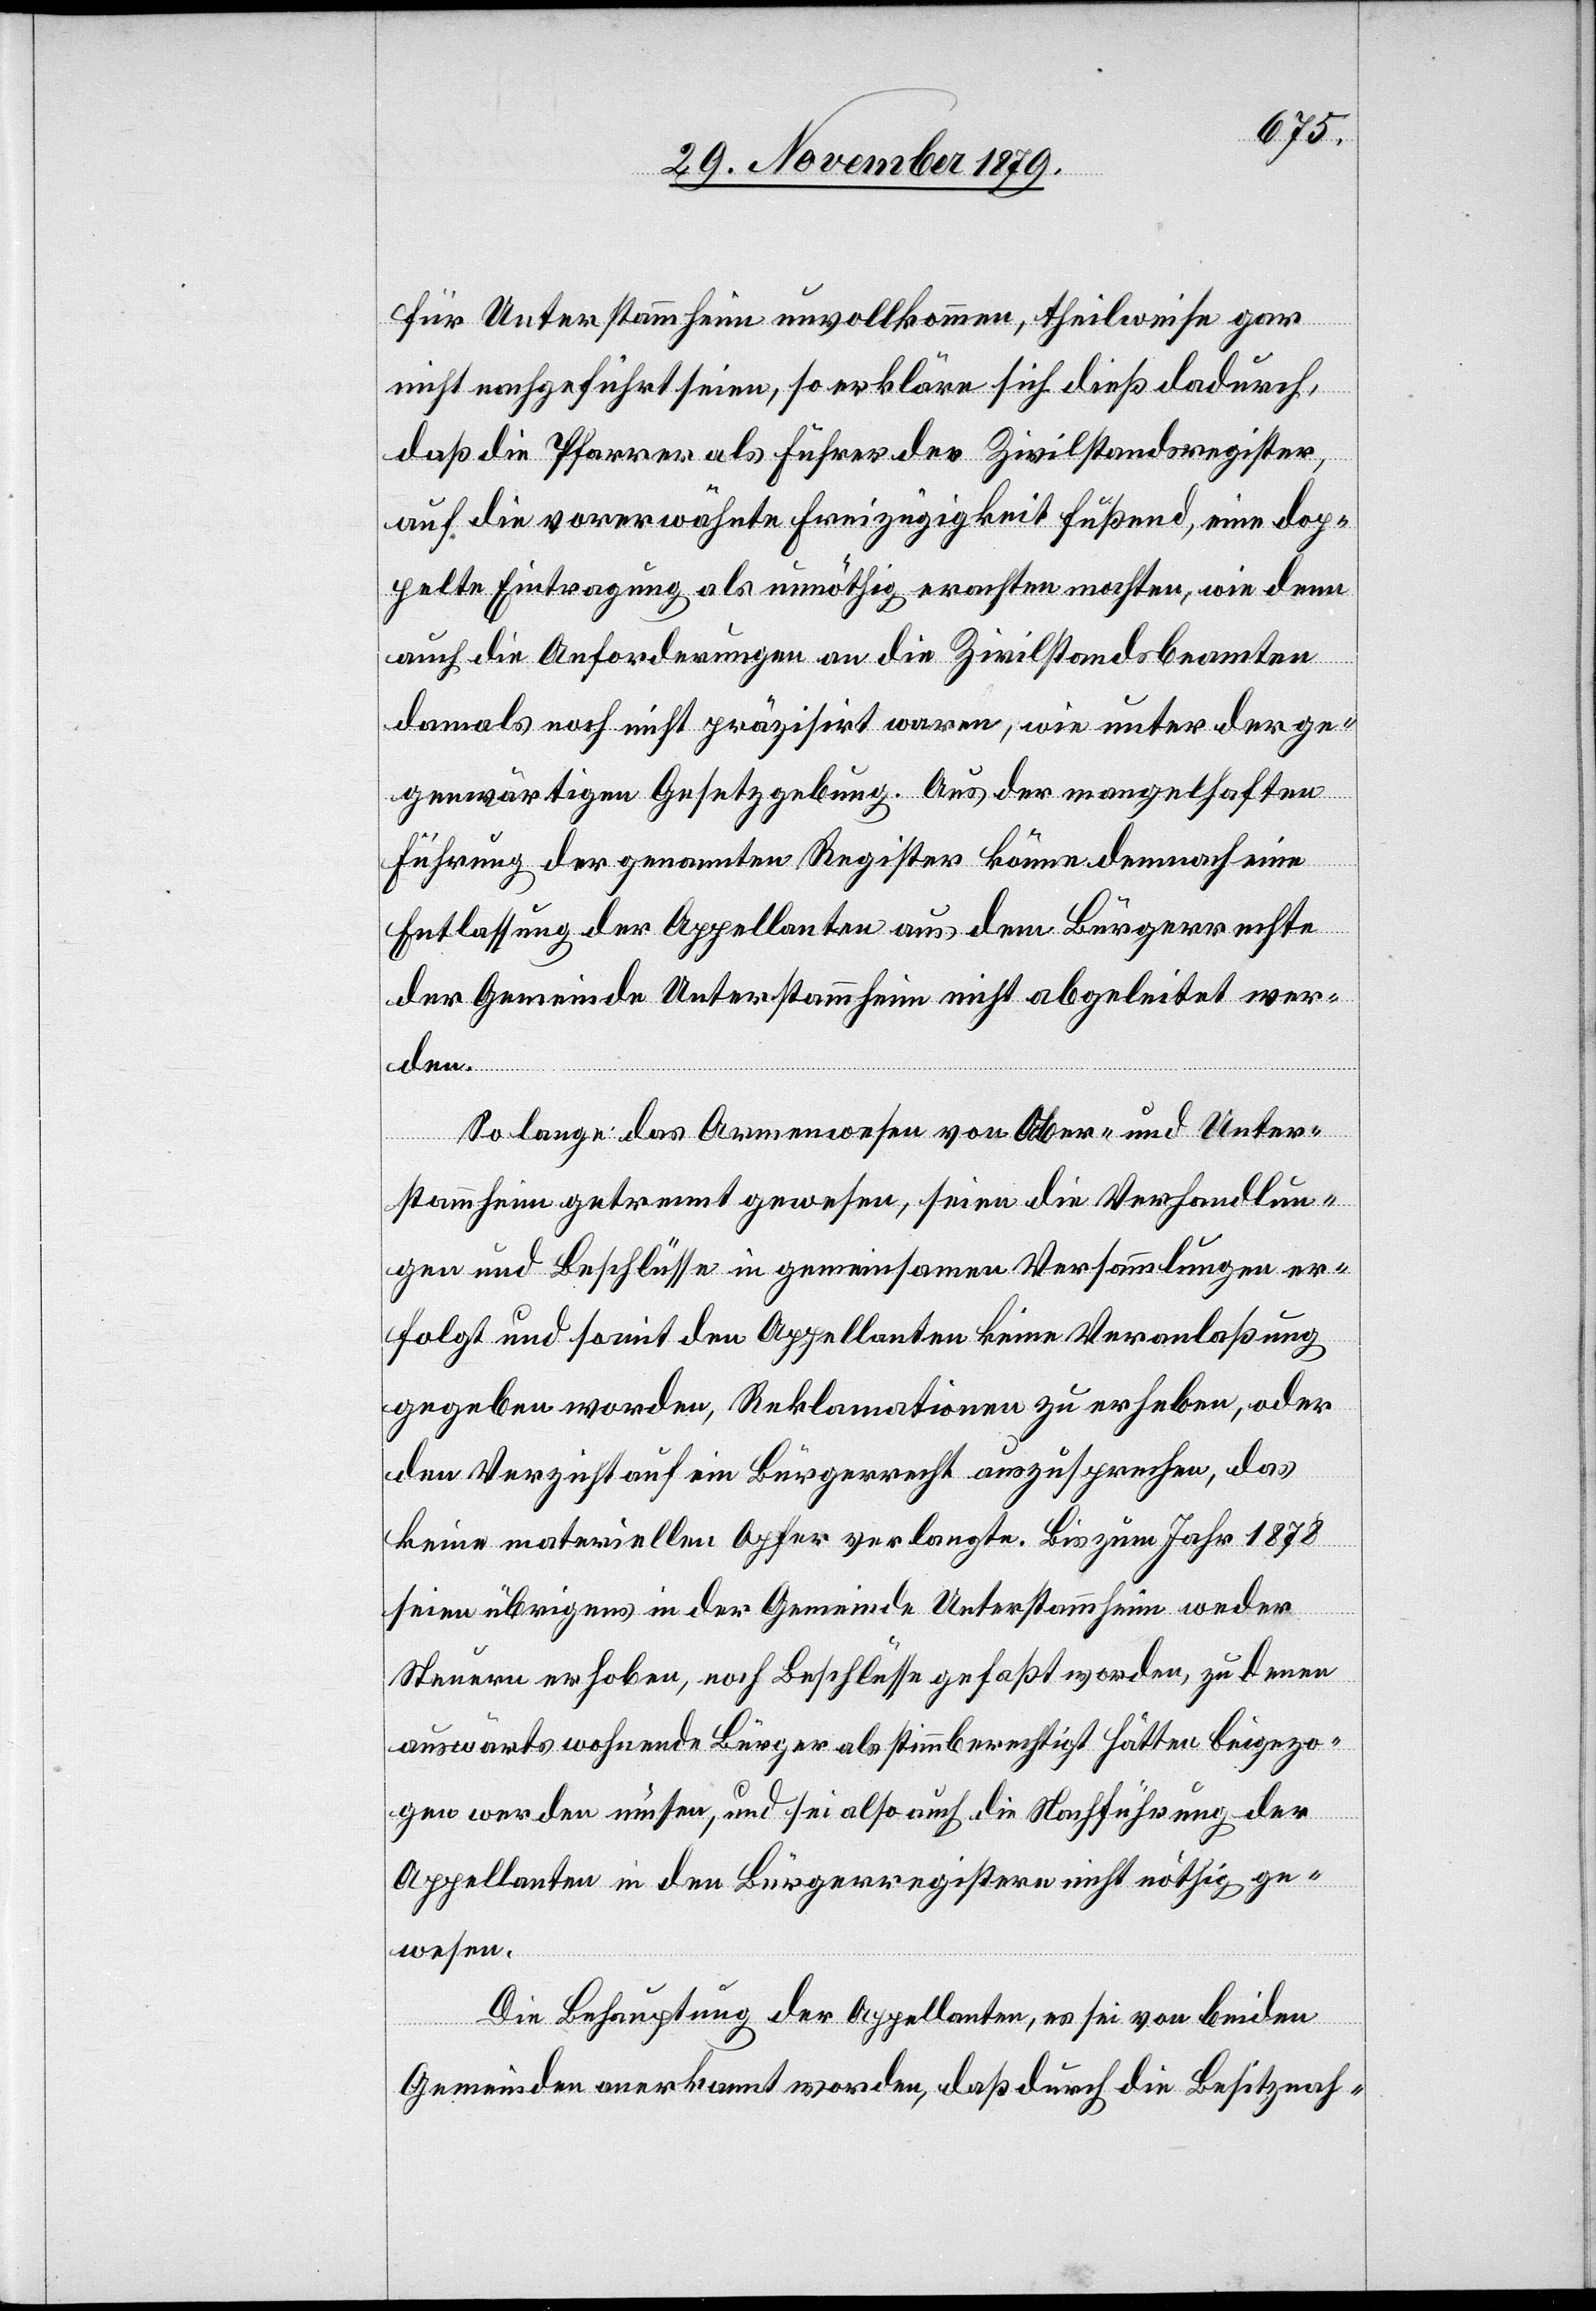
für Unterstammheim unvollkommen, theilweise gar
nicht nachgeführt seien, so erkläre sich dieß dadurch,
daß die Pfarrer als Führer des Zivilstandsregister,
auf die vorerwähnte Freizügigkeit fußend, eine dop¬
pelte Eintragung als unnöthig erachten mochten, wie denn
auch die Anforderungen an die Zivilstandsbeamten
damals noch nicht präzisirt waren, wie unter der ge¬
genwärtigen Gesetzgebung. Aus der mangelhaften
Führung der genannten Register könne demnach eine
Entlassung der Appellanten aus dem Bürgerrechte
der Gemeinde Unterstammheim nicht abgeleitet wer¬
den.
So lange das Armenwesen von Ober- und Unter¬
stammheim getrennt gewesen, seien die Verhandlun¬
gen und Beschlüsse in gemeinsamen Verhandlungen er¬
folgt und somit dem Appellanten keine Veranlaßung
gegeben worden, Reklamationen zu erheben, oder
den Verzicht auf ein Bürgerrecht auszusprechen, das
keine materiellen Opfer verlangte. Bis zum Jahr 1878
seien übrigens in der Gemeinde Unterstammheim weder
Steuern erhoben, noch Beschlüsse gefaßt worden, zu denen
auswärts wohnende Bürger als stimmberechtigt hätten beigezo¬
gen werden müssen, und sei also auch die Nachführung der
Appellanten in den Bürgerregistern nöthig ge¬
wesen.
Die Behauptung der Appellanten, es sei von beiden
Gemeinden anerkannt worden, daß durch die Besitznah-